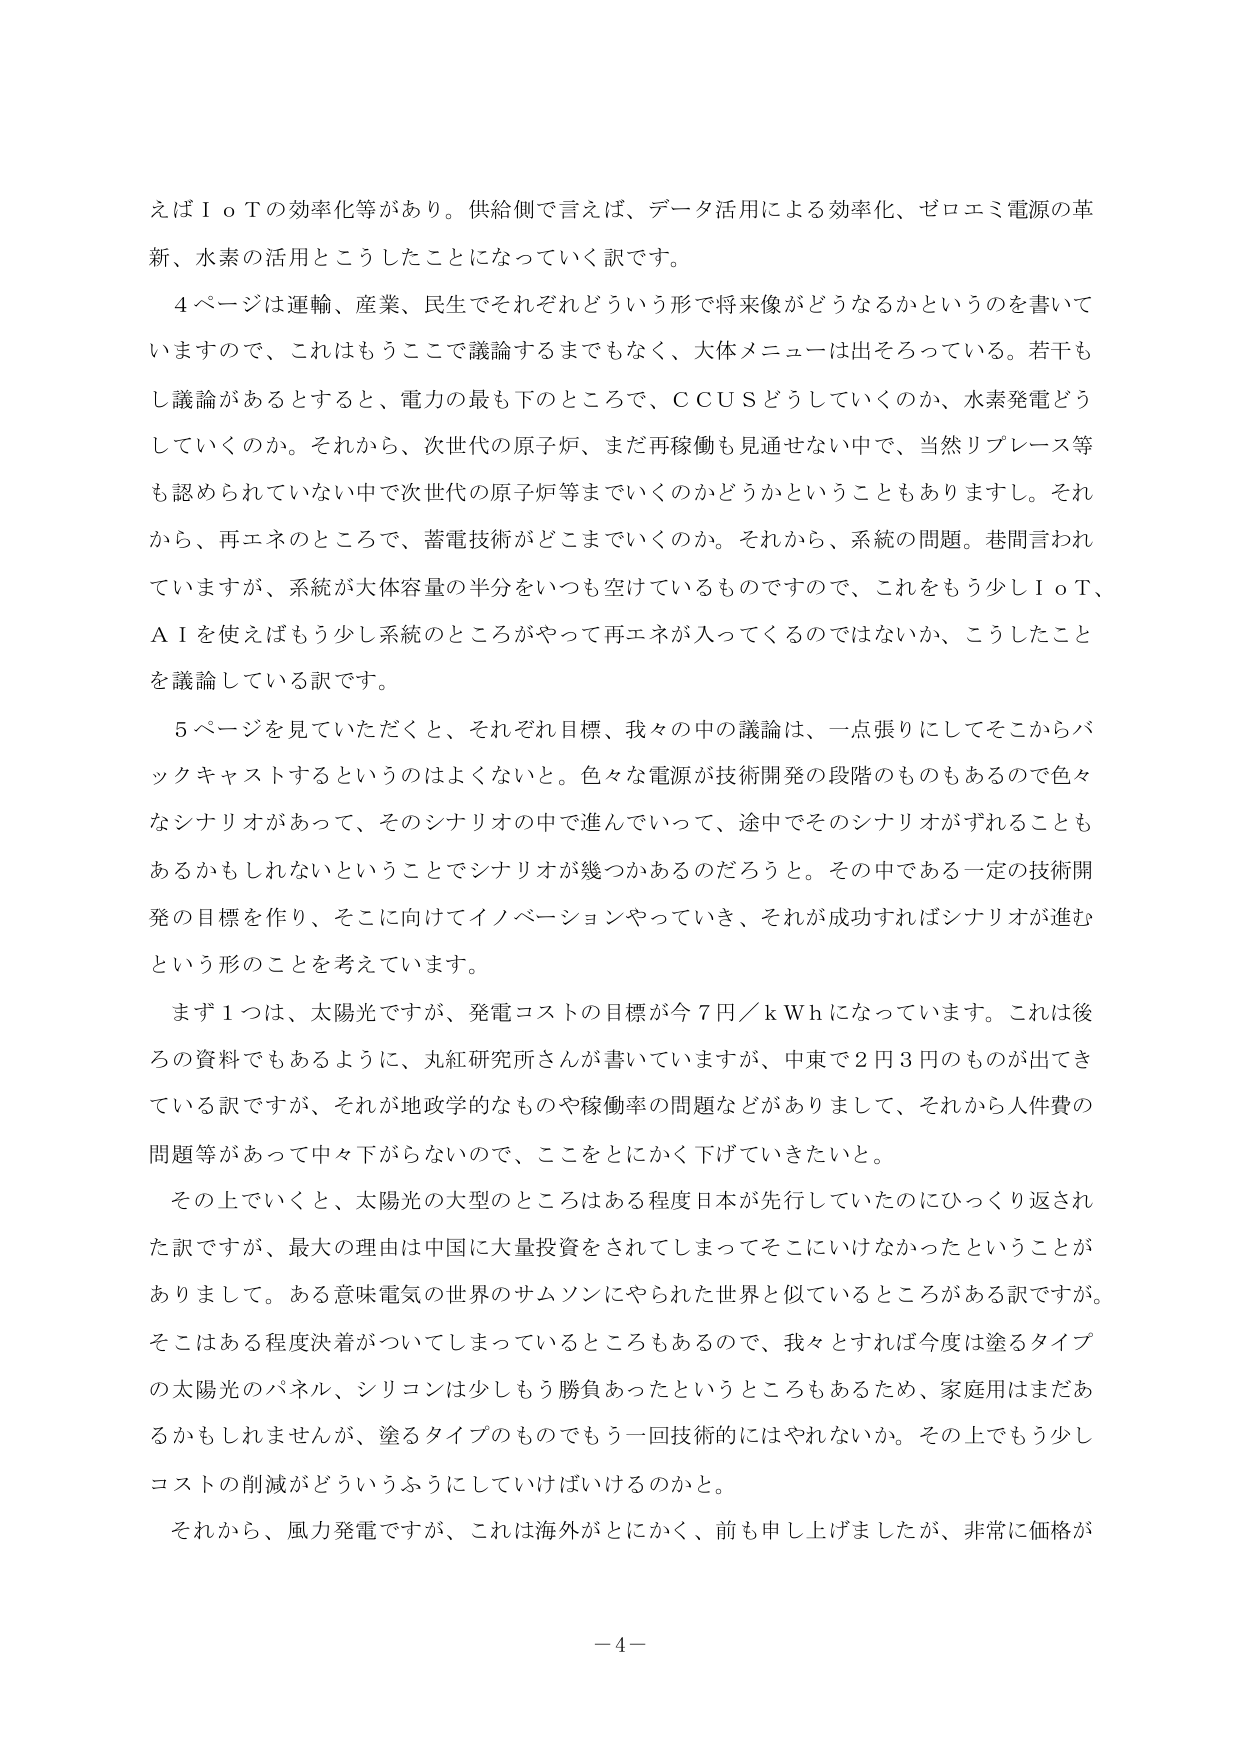
えばＩｏＴの効率化等があり。供給側で言えば、データ活用による効率化、ゼロエミ電源の革新、水素の活用とこうしたことになっていく訳です。

４ページは運輸、産業、民生でそれぞれどういう形で将来像がどうなるかというのを書いていますので、これはもうここで議論するまででもなく、大体メニューは出そろっている。若干もし議論があるとすると、電力の最も下のところで、ＣＣＵＳどうしていくのか、水素発電どうしていくのか。それから、次世代の原子炉、まだ再稼働も見通せない中で、当然リプレース等も認められていない中で次世代の原子炉等までいくのかどうかということもありますし。それから、再エネのところで、蓄電技術がどこまでいくのか。それから、系統の問題。巷間言われていますが、系統が大体容量の半分をいつも空けているものですので、これをもう少しＩｏＴ、ＡＩを使えばもう少し系統のところがやって再エネが入ってくるのではないか、こうしたことを議論している訳です。

５ページを見ていただくと、それぞれ目標、我々の中の議論は、一点張りにしてそこからバックキャストするというのはよくない。色々な電源が技術開発の段階のものもあるので色々なシナリオがあって、そのシナリオの中で進んでいって、途中でそのシナリオがずれることもあるかもしれないということでシナリオが幾つかあるのだろうと。その中である一定の技術開発の目標を作り、そこに向けてイノベーションやっていき、それが成功すればシナリオが進むという形のことを考えています。

まず１つは、太陽光ですが、発電コストの目標が今７円／ｋＷｈになっています。これは後ろの資料でもあるように、丸紅研究所さんが書いていますが、中東で２円３円のものが出てきている訳ですが、それが地政学的なものや稼働率の問題などがありまして、それから人件費の問題等があって中々下がらないので、ここをとにかく下げていきたいと。

その上でいくと、太陽光の大型のところはある程度日本が先行していたのにひっくり返された訳ですが、最大の理由は中国に大量投資をされてしまってそこにいけなかったということがあります。ある意味電気の世界のサムソンにやられた世界と似ているところがある訳ですが。そこはある程度決着がついてしまっているところもあるので、我々とすれば今度は塗るタイプの太陽光のパネル、シリコンは少しもう勝負あったというところもあるため、家庭用はまだあるかもしれませんが、塗るタイプのものでもう一回技術的にはやれないか。その上でもう少しコストの削減がどういうふうにしていけばいいけるのかと。

それから、風力発電ですが、これは海外がとにかく、前も申し上げましたが、非常に価格が

－４－